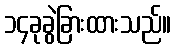
၁၄ခုခွဲခြားထားသည်။